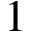
1